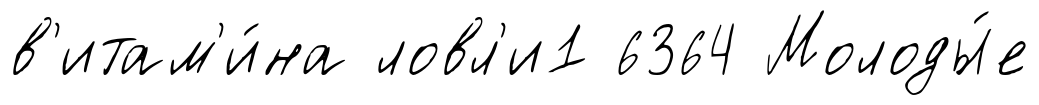
в'итам'и́на ловл'и1 6364 Молоды́е